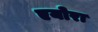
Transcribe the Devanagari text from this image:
एयोरा